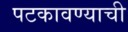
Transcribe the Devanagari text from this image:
पटकावण्याची